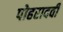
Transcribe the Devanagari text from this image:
पोहरादवी